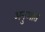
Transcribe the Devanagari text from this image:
अनुआत